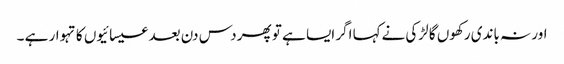
اور نہ باندی رکھوں گا لڑکی نےکہا اگر ایسا ہے تو پھر دس دن بعد عیسائیوں کا تہوار ہے ۔